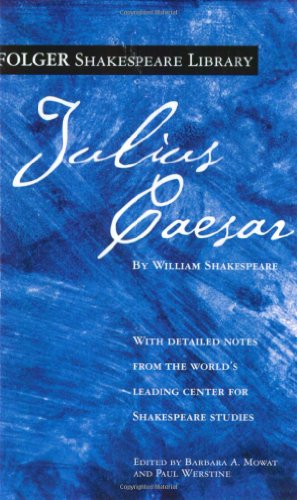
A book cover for Julius Caesar (Folger Shakespeare Library); William Shakespeare; Humor & Entertainment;